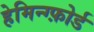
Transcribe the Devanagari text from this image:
हेमिन्ग्फ़ोर्ड